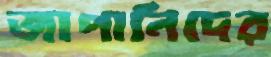
জাপানিদের